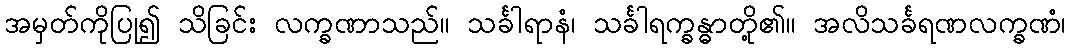
အမှတ်ကိုပြု၍ သိခြင်း လက္ခဏာသည်။ သင်္ခါရာနံ၊ သင်္ခါရက္ခန္ဓာတို့၏။ အလိသင်္ခရဏလက္ခဏံ၊